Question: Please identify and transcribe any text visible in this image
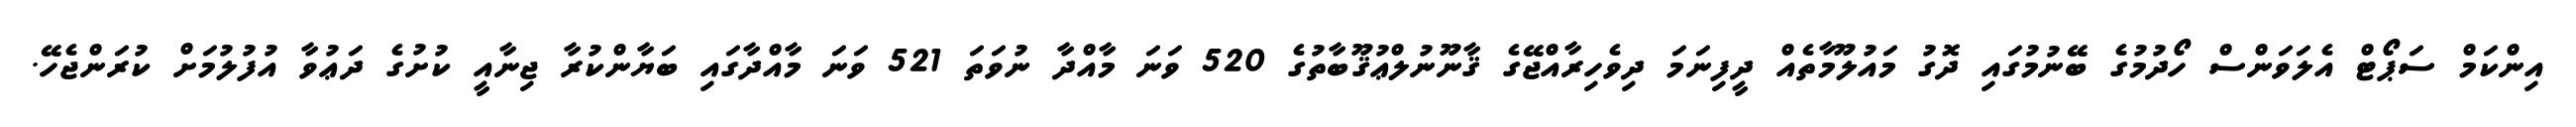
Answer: އިންކަމް ސަޕޯޓް އެލަވަންސް ހޯދުމުގެ ބޭނުމުގައި ދޮގު މައުލޫމާތެއް ދީފިނަމަ ދިވެހިރާއްޖޭގެ ޤާނޫނުލްޢުޤޫބާތުގެ 520 ވަނަ މާއްދާ ނުވަތަ 521 ވަނަ މާއްދާގައި ބަޔާންކުރާ ޖިނާއީ ކުށުގެ ދަޢުވާ އުފުލުމަށް ކުރަންޖެހޭ.